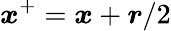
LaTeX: \boldsymbol{x}^{+}=\boldsymbol{x}+\boldsymbol{r}/2